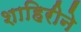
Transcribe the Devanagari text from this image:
शाहिरीने